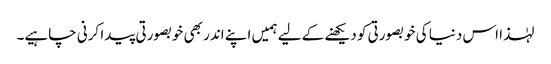
لہٰذا اس دنیا کی خوبصورتی کو دیکھنے کے لیے ہمیں اپنے اندر بھی خوبصورتی پیدا کرنی چاہیے۔